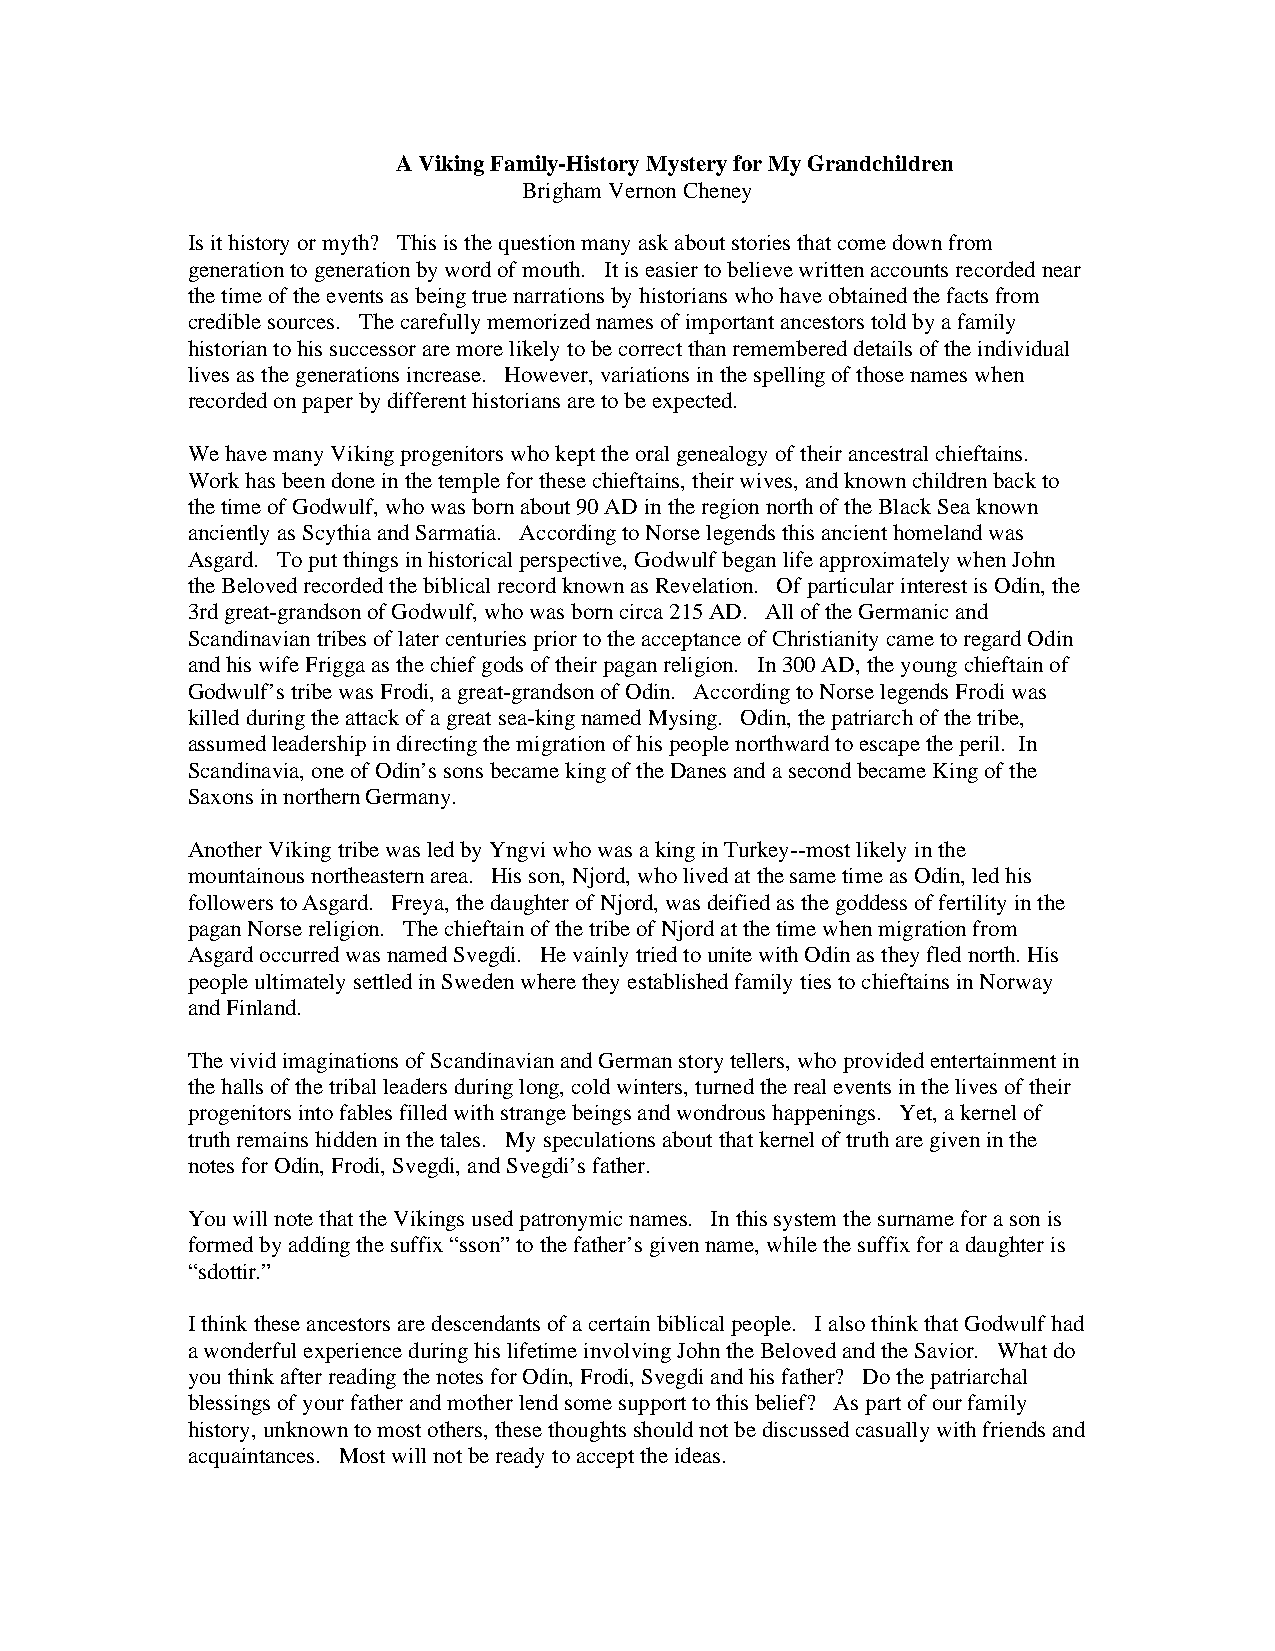
A Viking Family-History Mystery for My Grandchildren
 Brigham Vernon Cheney
 Is it history or myth? This is the question many ask about stories that come down from
 generation to generation by word of mouth. It is easier to believe written accounts recorded near
 the time of the events as being true narrations by historians who have obtained the facts from
 credible sources. The carefully memorized names of important ancestors told by a family
 historian to his successor are more likely to be correct than remembered details of the individual
 lives as the generations increase. However, variations in the spelling of those names when
 recorded on paper by different historians are to be expected.
 We have many Viking progenitors who kept the oral genealogy of their ancestral chieftains.
 Work has been done in the temple for these chieftains, their wives, and known children back to
 the time of Godwulf, who was born about 90 AD in the region north of the Black Sea known
 anciently as Scythia and Sarmatia. According to Norse legends this ancient homeland was
 Asgard. To put things in historical perspective, Godwulf began life approximately when John
 the Beloved recorded the biblical record known as Revelation. Of particular interest is Odin, the
 3rd great-grandson of Godwulf, who was born circa 215 AD. All of the Germanic and
 Scandinavian tribes of later centuries prior to the acceptance of Christianity came to regard Odin
 and his wife Frigga as the chief gods of their pagan religion. In 300 AD, the young chieftain of
 Godwulf’s tribe was Frodi, a great-grandson of Odin. According to Norse legends Frodi was
 killed during the attack of a great sea-king named Mysing. Odin, the patriarch of the tribe,
 assumed leadership in directing the migration of his people northward to escape the peril. In
 Scandinavia, one of Odin’s sons became king of the Danes and a second became King of the
 Saxons in northern Germany.
 Another Viking tribe was led by Yngvi who was a king in Turkey--most likely in the
 mountainous northeastern area. His son, Njord, who lived at the same time as Odin, led his
 followers to Asgard. Freya, the daughter of Njord, was deified as the goddess of fertility in the
 pagan Norse religion. The chieftain of the tribe of Njord at the time when migration from
 Asgard occurred was named Svegdi. He vainly tried to unite with Odin as they fled north. His
 people ultimately settled in Sweden where they established family ties to chieftains in Norway
 and Finland.
 The vivid imaginations of Scandinavian and German story tellers, who provided entertainment in
 the halls of the tribal leaders during long, cold winters, turned the real events in the lives of their
 progenitors into fables filled with strange beings and wondrous happenings. Yet, a kernel of
 truth remains hidden in the tales. My speculations about that kernel of truth are given in the
 notes for Odin, Frodi, Svegdi, and Svegdi’s father.
 You will note that the Vikings used patronymic names. In this system the surname for a son is
 formed by adding the suffix “sson” to the father’s given name, while the suffix for a daughter is
 “sdottir.”
 I think these ancestors are descendants of a certain biblical people. I also think that Godwulf had
 a wonderful experience during his lifetime involving John the Beloved and the Savior. What do
 you think after reading the notes for Odin, Frodi, Svegdi and his father? Do the patriarchal
 blessings of your father and mother lend some support to this belief? As part of our family
 history, unknown to most others, these thoughts should not be discussed casually with friends and
 acquaintances. Most will not be ready to accept the ideas.